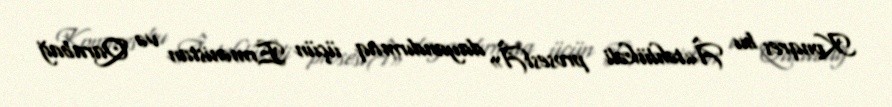
Konqres bu Â«təhlükəli prosesiÂ» dayandırmaq üçün Ermənistan və Qarabağ